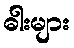
ဓါးများ